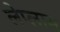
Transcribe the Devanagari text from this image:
लेप्लास